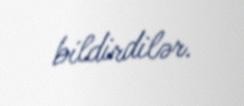
bildirdilər.